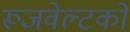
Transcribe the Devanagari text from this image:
रूजवेल्टको